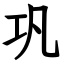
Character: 巩